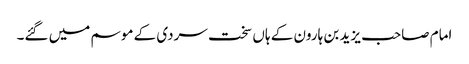
امام صاحب یزید بن ہارون کے ہاں سخت سردی کے موسم میں گئے۔